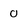
Character: 0